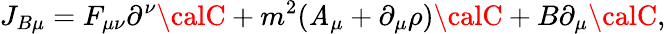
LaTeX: J_{B\mu}=F_{\mu\nu}\partial^{\nu}{\calC}+m^{2}(\mathit{A}_{\mu}+\partial_{\mu}\rho){\calC}+B\partial_{\mu}{\calC},